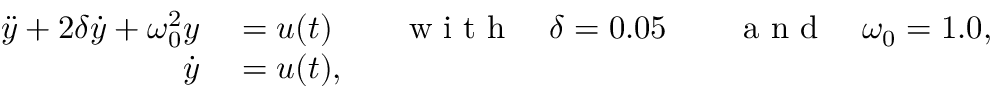
\begin{array} { r l } { \ddot { y } + 2 \delta \dot { y } + \omega _ { 0 } ^ { 2 } y } & { { } = u ( t ) \qquad \mathrm { ~ w ~ i ~ t ~ h ~ } \quad \delta = 0 . 0 5 \qquad \mathrm { ~ a ~ n ~ d ~ } \quad \omega _ { 0 } = 1 . 0 , } \\ { \dot { y } } & { { } = u ( t ) , } \end{array}